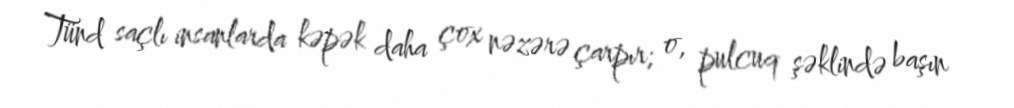
Tünd saçlı insanlarda kəpək daha çox nəzərə çarpır; o, pulcuq şəklində başın